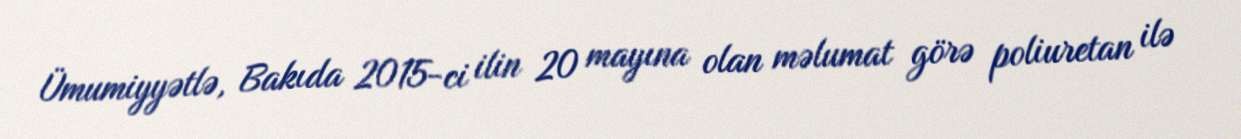
Ümumiyyətlə, Bakıda 2015-ci ilin 20 mayına olan məlumat görə poliuretan ilə